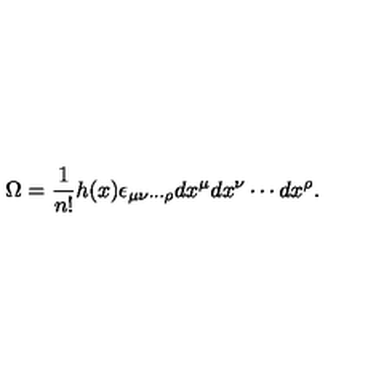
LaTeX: \Omega = \frac { 1 } { n ! } h ( x ) \epsilon _ { { \mu } { \nu } \cdots { \rho } } d x ^ { \mu } d x ^ { \nu } \cdots d x ^ { \rho } .